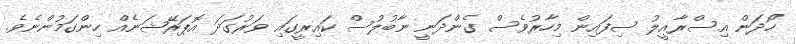
ހޯދަން އިސްރާއީލު ސިފައިން މިހާރުވެސް ގެންދަނީ ނާބުލުސް ކައިރީގައި ވަރުގަދަ އޮޕަރޭޝަނެއް ހިންގަމުންނެވެ.